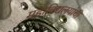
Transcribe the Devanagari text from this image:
महाविद्यलयांची